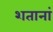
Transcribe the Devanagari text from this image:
शतानां